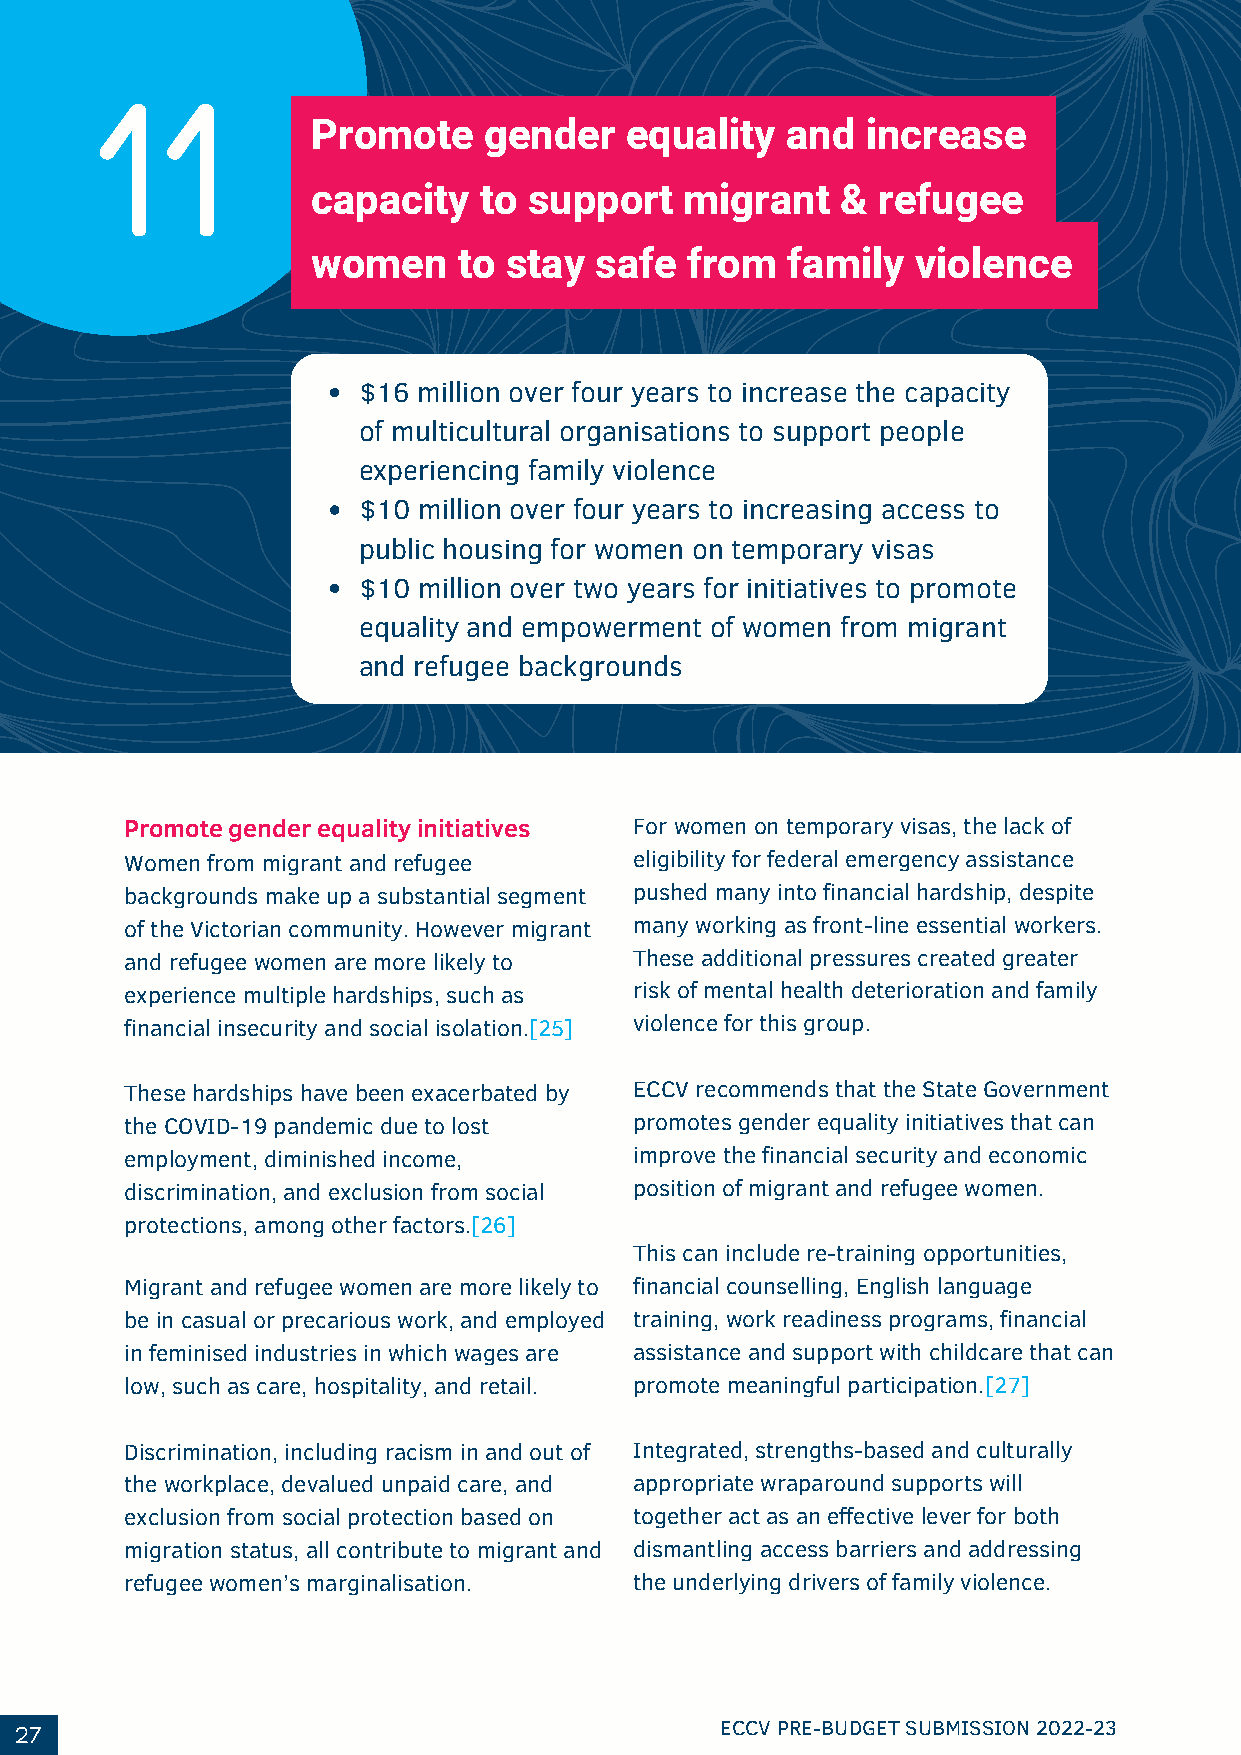
11
 Promote    gender   equality   and  increase
 capacity   to support   migrant    & refugee
 women    to stay  safe  from   family   violence
 $16 million over four years to increase the capacity
 of multicultural organisations to support people
 experiencing family violence
 $10 million over four years to increasing access to
 public housing for women on temporary visas
 $10 million over two years for initiatives to promote
 equality and empowerment of women from migrant
 and refugee backgrounds
 Promote gender equality initiatives For women on temporary visas, the lack of
 Women from migrant and refugee    eligibility for federal emergency assistance
 backgrounds make up a substantial segment pushed many into financial hardship, despite
 of the Victorian community. However migrant many working as front-line essential workers.
 and refugee women are more likely to These additional pressures created greater
 experience multiple hardships, such as risk of mental health deterioration and family
 financial insecurity and social isolation.[25] violence for this group.
 These hardships have been exacerbated by ECCV recommends that the State Government
 the COVID-19 pandemic due to lost promotes gender equality initiatives that can
 employment, diminished income,    improve the financial security and economic
 discrimination, and exclusion from social position of migrant and refugee women.
 protections, among other factors.[26]
 This can include re-training opportunities,
 Migrant and refugee women are more likely to financial counselling, English language
 be in casual or precarious work, and employed training, work readiness programs, financial
 in feminised industries in which wages are assistance and support with childcare that can
 low, such as care, hospitality, and retail. promote meaningful participation.[27]
 Discrimination, including racism in and out of Integrated, strengths-based and culturally
 the workplace, devalued unpaid care, and appropriate wraparound supports will
 exclusion from social protection based on together act as an effective lever for both
 migration status, all contribute to migrant and dismantling access barriers and addressing
 refugee women’s marginalisation.  the underlying drivers of family violence.
 27                                             ECCV PRE-BUDGET SUBMISSION 2022-23